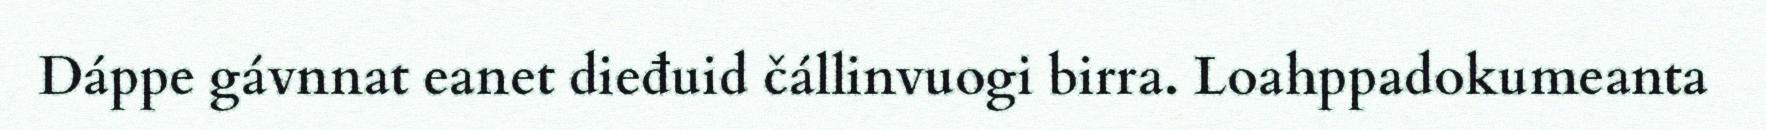
Dáppe gávnnat eanet dieđuid čállinvuogi birra. Loahppadokumeanta